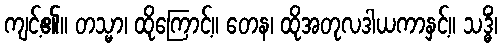
ကျင့်၏။ တသ္မာ၊ ထိုကြောင့်။ တေန၊ ထိုအတုလဒါယကာနှင့်။ သဒ္ဓိံ၊